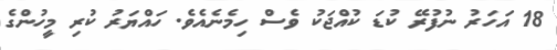
18 އަހަރު ނުފުރޭ ކުޑަ ކުއްޖަކު ވެސް ހިމެނެއެވެ. ހައްޔަރު ކުރި މީހުންގެ